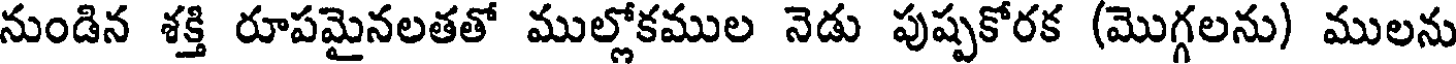
నుండిన శక్తి రూపమైనలతతో ముల్లోకముల నెడు పుష్పకోరక (మొగ్గలను) ములను